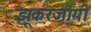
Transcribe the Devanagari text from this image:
झूकरजोगी